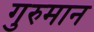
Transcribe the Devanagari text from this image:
गुरुमान